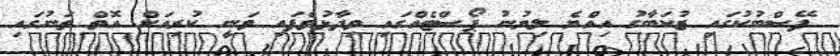
ފޭސްބުކުގައި ޒުކަބާގު އިއްޔެ ލިޔުނު ޕޯސްޓެއްގައި ވިދާޅުވެފައި ވަނީ ކުރިއަށް އޮތް ތަނުގައި